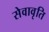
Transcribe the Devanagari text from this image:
सेवावृति